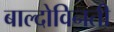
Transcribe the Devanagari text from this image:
बाल्दोविनती